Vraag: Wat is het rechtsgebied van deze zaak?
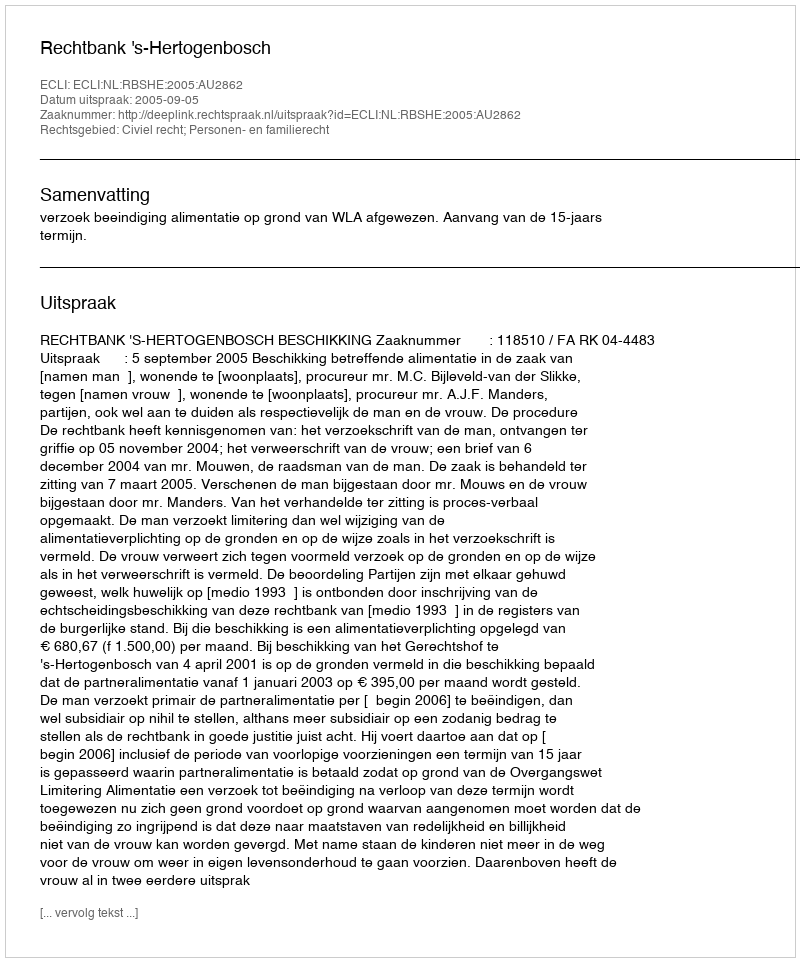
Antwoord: Civiel recht; Personen- en familierecht